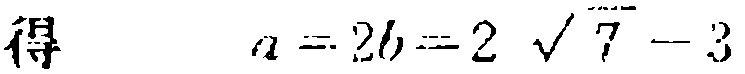
得 \[ a = 2b=2\sqrt{7}-3\]